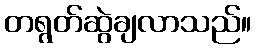
တရွတ်ဆွဲချလာသည်။